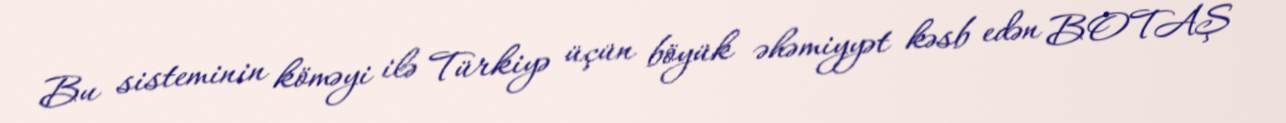
Bu sisteminin köməyi ilə Türkiyə üçün böyük əhəmiyyət kəsb edən BOTAŞ